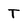
Character: T